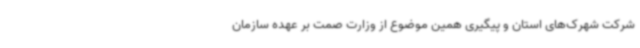
شرکت شهرک‌های استان و پیگیری همین موضوع از وزارت صمت بر عهده سازمان